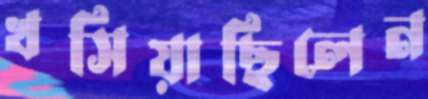
খসিয়াছিলেন